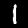
Digit: 1